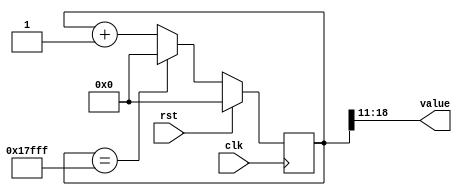
/*
   This file was generated automatically by the Mojo IDE version B1.3.6.
   Do not edit this file directly. Instead edit the original Lucid source.
   This is a temporary file and any changes made to it will be destroyed.
*/

/*
   Parameters:
     SIZE = WIDTH
     DIV = DIV
     TOP = TOP
     UP = 1
*/
module counter_45 (
    input clk,
    input rst,
    output reg [7:0] value
  );
  
  localparam SIZE = 4'h8;
  localparam DIV = 4'hb;
  localparam TOP = 6'h2f;
  localparam UP = 1'h1;
  
  
  reg [18:0] M_ctr_d, M_ctr_q = 1'h0;
  
  localparam MAX_VALUE = 17'h17fff;
  
  always @* begin
    M_ctr_d = M_ctr_q;
    
    value = M_ctr_q[11+7-:8];
    if (1'h1) begin
      M_ctr_d = M_ctr_q + 1'h1;
      if (1'h1 && M_ctr_q == 17'h17fff) begin
        M_ctr_d = 1'h0;
      end
    end else begin
      M_ctr_d = M_ctr_q - 1'h1;
      if (1'h1 && M_ctr_q == 1'h0) begin
        M_ctr_d = 17'h17fff;
      end
    end
  end
  
  always @(posedge clk) begin
    if (rst == 1'b1) begin
      M_ctr_q <= 1'h0;
    end else begin
      M_ctr_q <= M_ctr_d;
    end
  end
  
endmodule